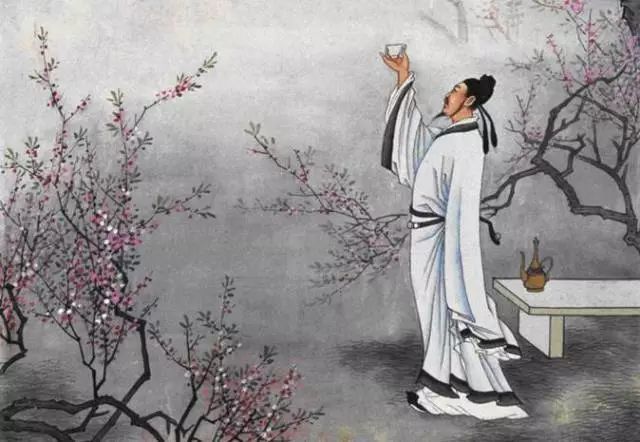
愁与西风应有约，年年同赴清秋。